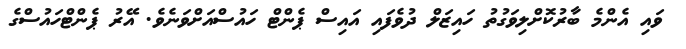
ވައި އެންމެ ބާރުކޮށްލިވަގުތު ހައިޒަލް ދުވެފައި އައިސް ޕެންޓް ހައުސްއަށްވަނެވެ. އޭރު ޕެންޓްހައުސްގެ